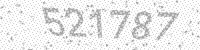
Solution: 521787